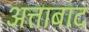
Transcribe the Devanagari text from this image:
अत्ताबाद